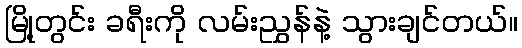
မြို့တွင်း ခရီးကို လမ်းညွှန်နဲ့ သွားချင်တယ်။